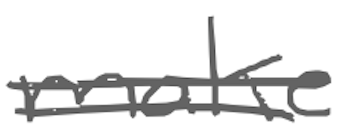
Text: make
Cross-out: double-line
Writing tool: digital_gray